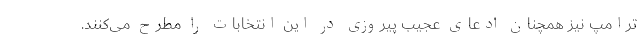
ترامپ نیز همچنان ادعای عجیب پیروزی در این انتخابات را مطرح می‌کنند.